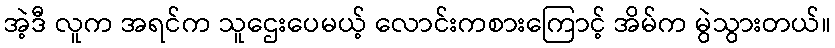
အဲ့ဒီ လူက အရင်က သူဌေးပေမယ့် လောင်းကစားကြောင့် အိမ်က မွဲသွားတယ်။